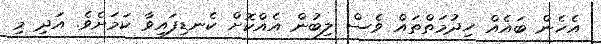
އެހެން ބައެއް ހިދުމަތްތައް ވެސް ލިބުން އެއްކޮށް ކެނޑިފައިވާ ކަމަށެވެ. އަދި މި